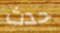
حدث